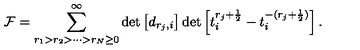
{ \cal F } = \sum _ { r _ { 1 } > r _ { 2 } > \cdots > r _ { N } \geq 0 } ^ { \infty } \det \left[ d _ { r _ { j } , i } \right] \det \left[ t _ { i } ^ { r _ { j } + \frac { 1 } { 2 } } - t _ { i } ^ { - ( r _ { j } + \frac { 1 } { 2 } ) } \right] .